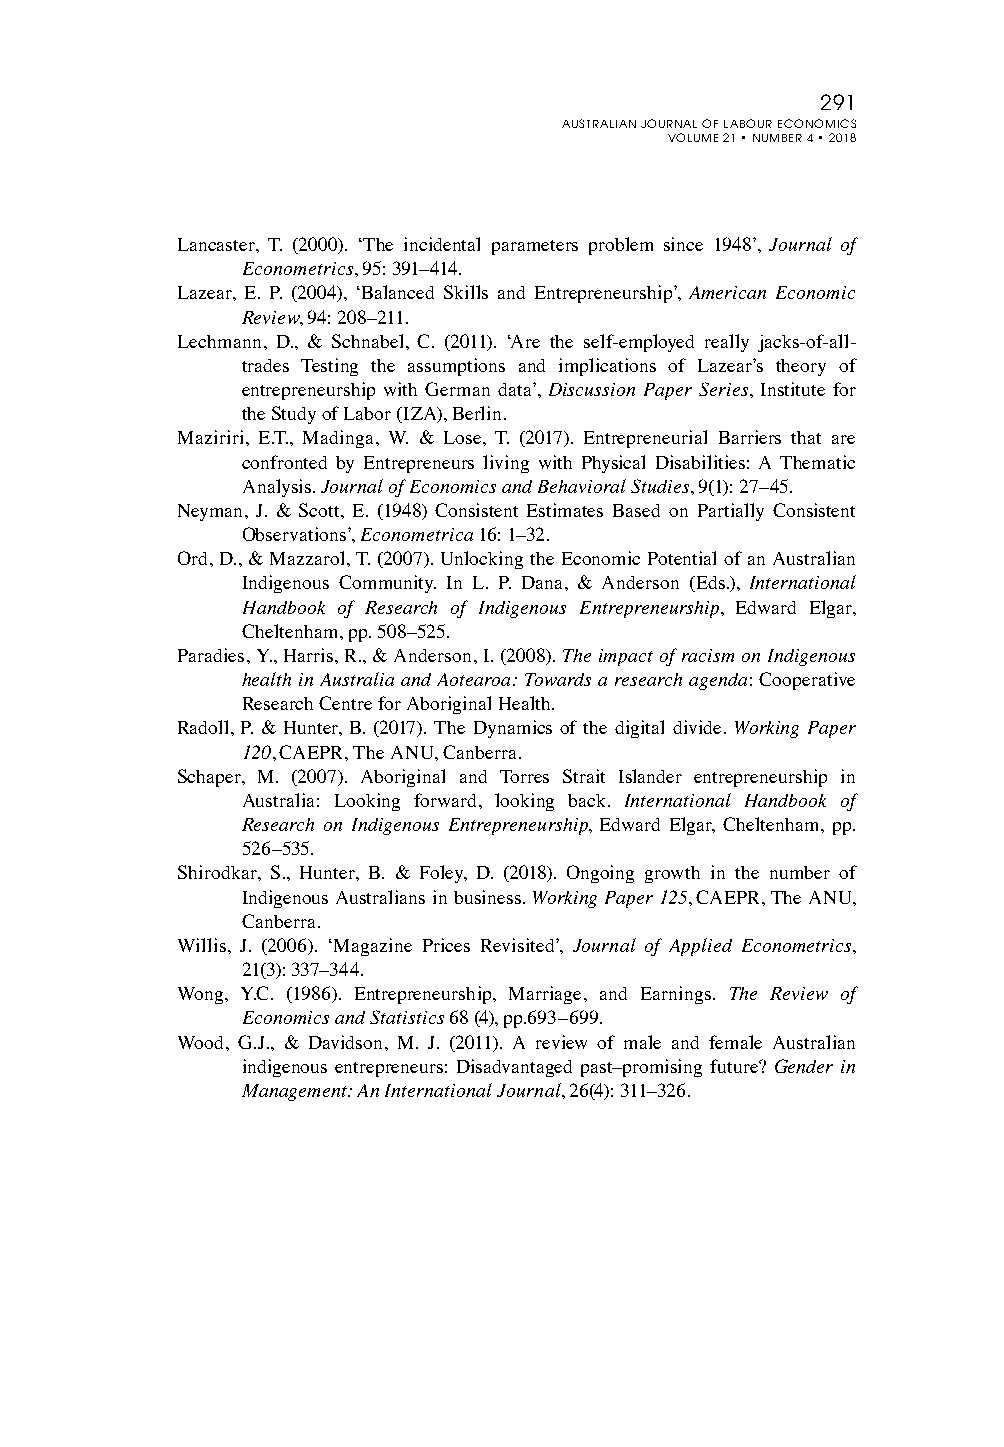
291
 AUSTRALIAN JOURNAL OF LABOUR ECONOMICS
 VOLUME 21 • NUMBER 4 • 2018
 Lancaster, T. (2000). ‘The incidental parameters problem since 1948’, Journal of
 Econometrics, 95: 391–414.
 Lazear, E. P. (2004), ‘Balanced Skills and Entrepreneurship’, American Economic
 Review, 94: 208–211.
 Lechmann, D., & Schnabel, C. (2011). ‘Are the self-employed really jacks-of-all-
 trades Testing the assumptions and implications of Lazear’s theory of
 entrepreneurship with German data’, Discussion Paper Series, Institute for
 the Study of Labor (IZA), Berlin.
 Maziriri, E.T., Madinga, W. & Lose, T. (2017). Entrepreneurial Barriers that are
 confronted by Entrepreneurs living with Physical Disabilities: A Thematic
 Analysis. Journal of Economics and Behavioral Studies, 9(1): 27–45.
 Neyman, J. & Scott, E. (1948) Consistent Estimates Based on Partially Consistent
 Observations’, Econometrica 16: 1–32.
 Ord, D., & Mazzarol, T. (2007). Unlocking the Economic Potential of an Australian
 Indigenous Community. In L. P. Dana, & Anderson (Eds.), International
 Handbook of Research of Indigenous Entrepreneurship, Edward Elgar,
 Cheltenham, pp. 508–525.
 Paradies, Y., Harris, R., & Anderson, I. (2008). The impact of racism on Indigenous
 health in Australia and Aotearoa: Towards a research agenda: Cooperative
 Research Centre for Aboriginal Health.
 Radoll, P. & Hunter, B. (2017). The Dynamics of the digital divide. Working Paper
 120, CAEPR, The ANU, Canberra.
 Schaper, M. (2007). Aboriginal and Torres Strait Islander entrepreneurship in
 Australia: Looking forward, looking back. International Handbook of
 Research on Indigenous Entrepreneurship, Edward Elgar, Cheltenham, pp.
 526–535.
 Shirodkar, S., Hunter, B. & Foley, D. (2018). Ongoing growth in the number of
 Indigenous Australians in business. Working Paper 125, CAEPR, The ANU,
 Canberra.
 Willis, J. (2006). ‘Magazine Prices Revisited’, Journal of Applied Econometrics,
 21(3): 337–344.
 Wong, Y.C. (1986). Entrepreneurship, Marriage, and Earnings. The Review of
 Economics and Statistics 68 (4), pp.693–699.
 Wood, G.J., & Davidson, M. J. (2011). A review of male and female Australian
 indigenous entrepreneurs: Disadvantaged past–promising future? Gender in
 Management: An International Journal, 26(4): 311–326.